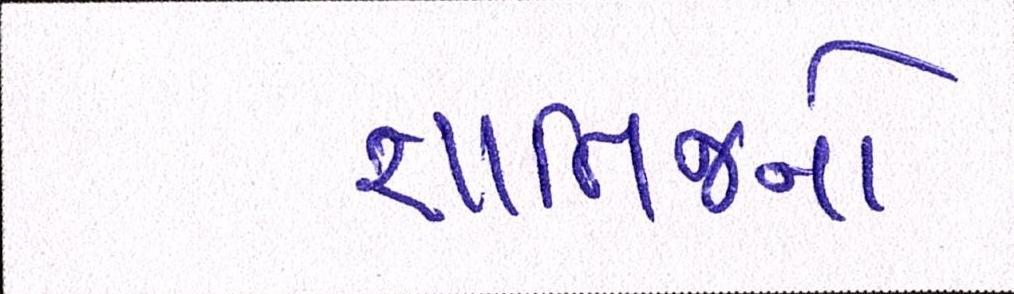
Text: જ્ઞાતિજનો